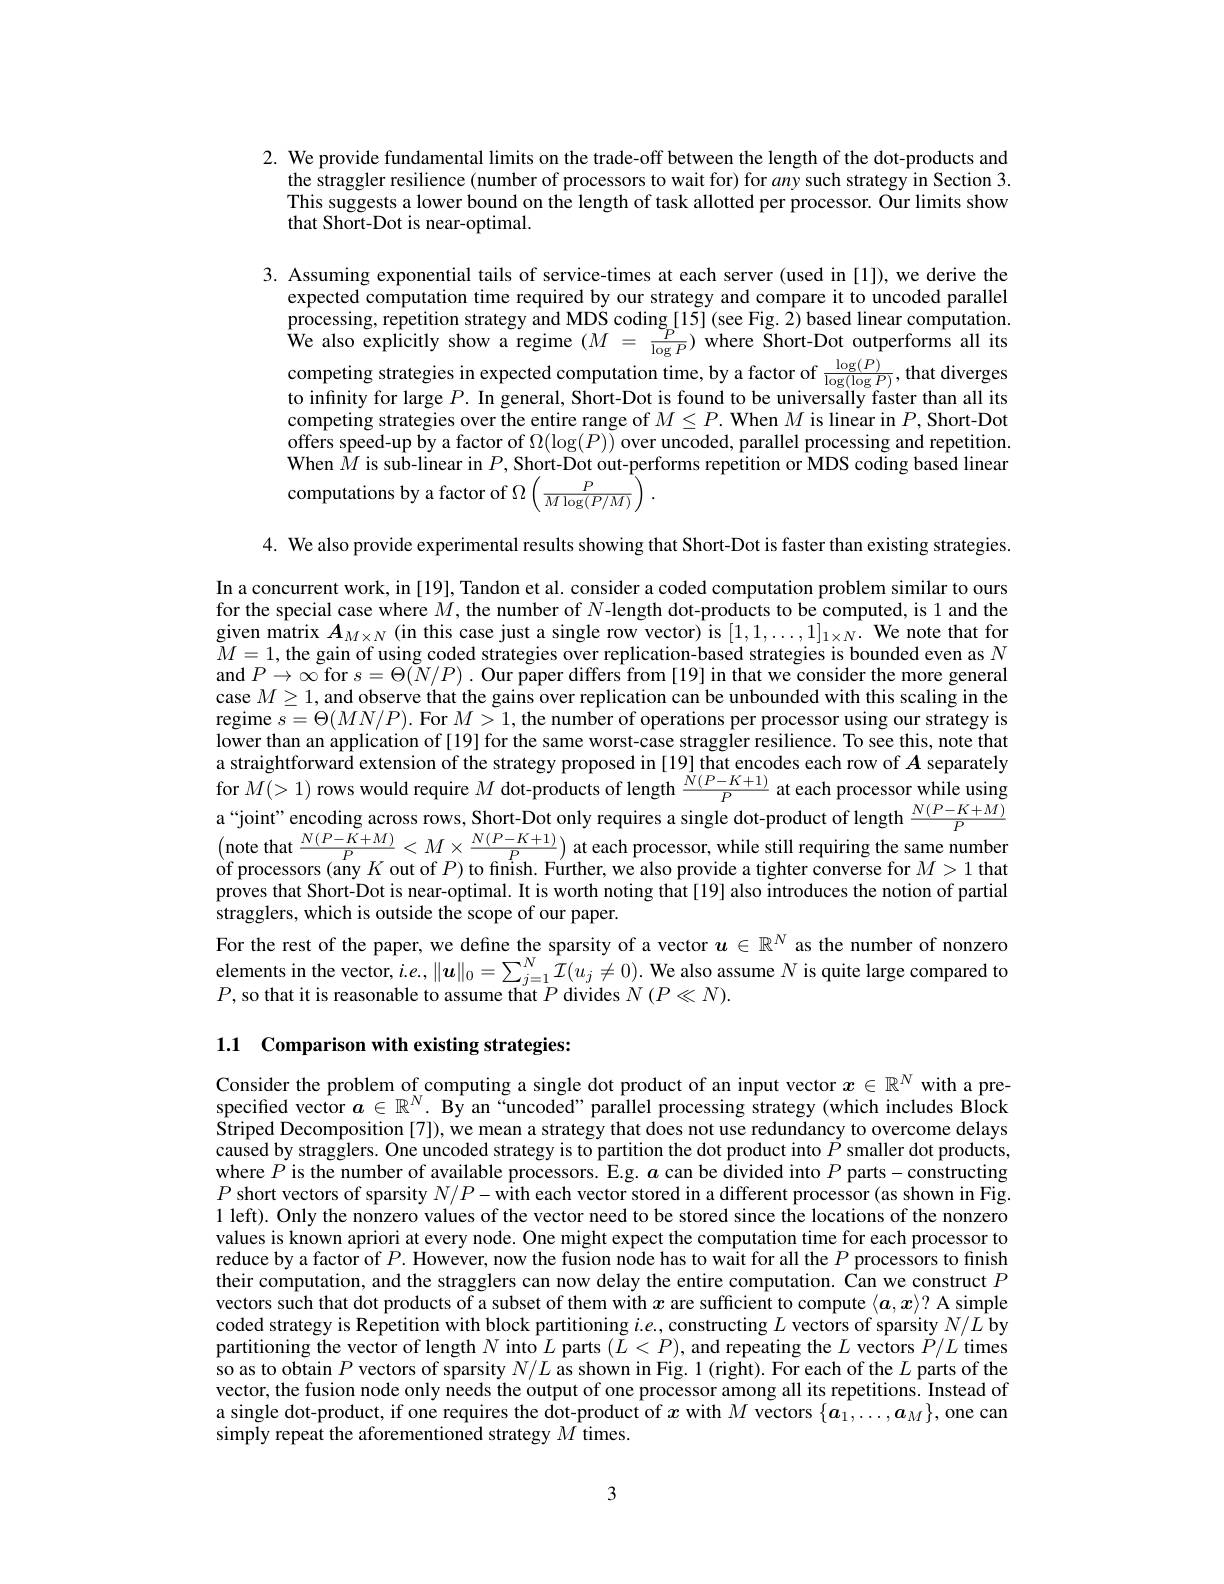
2. We provide fundamental limits on the trade-off between the length of the dot-products and
the straggler resilience (number of processors to wait for) for $an$y such strategy in Section 3. This suggests a lower bound on the length of task allotted per processor. Our limits show that Short-Dot is near-optimal.

3. Assuming exponential tails of service-times at each server (used in [1]), we derive the
expected computation time required by our strategy and compare it to uncoded paralle processing, repetition strategy and MDS coding [15] (see Fig. 2) based linear computation. We also explicitly show a regime $( M$ = $\frac {P^{\circ }}{\log P})$ where Short-Dot outperforms all its competing strategies in expected computation time, by a factor of $\frac{\log(P)}{\log(\log P)}$,that diverges to infinity for large $P.$ In general, Short-Dot is found to be universally faster than all its competing strategies over the entire range of $M\leq P.$ When $M$ is linear in $P$, Short-Dot offers speed-up by a factor of $\Omega(\log(P))$ over uncoded, parallel processing and repetition. When $\bar{M}$ is sub-linear in $P$, Short-Dot out-performs repetition or MDS coding based linear computations by a factor of $\Omega\left(\frac{P}{M\log(P/M)}\right)$

4. We also provide experimental results showing that Short-Dot is faster than existing strategies. In a concurrent work, in [19], Tandon et al. consider a coded computation problem similar to ours for the special case where $M$, the number of $N$-length dot-products to be computed, is 1 and the given matrix $A_{M\times N}$ (in this case just a single row vector) is $[1,1,\ldots,1]_{1\times N}.$ We note that for $\begin{aligned}M=1,\text{ the gain of using coded strategies over replication-based strategies is bounded even as }N\\M=1,\text{ the gain of using coded strategies over replication-based strategies is bounded even as }\\M=1,\text{ the gain of using coded strategies over replication-b}\end{aligned}$ and $P\to\infty$ for $s=\Theta(\tilde{N}/P).$ Our paper differs from [19] in that we consider the more general case $M\geq1$, and observe that the gains over replication can be unbounded with this scaling in the regime $s=\Theta(MN/P).$ For $M>1$,the number of operations per processor using our strategy is lower than an application of [19] for the same worst-case straggler resilience. To see this, note that a straightforward extension of the strategy proposed in [19] that encodes each row of $A$ separately for $M(>1)$ rows would require $M$ dot-products of length $\frac{N(P-K+1)}P$ at each processor while using a“joint”encoding across rows, Short-Dot only requires a single dot-product of length $\frac{N(P-K+M)}{P}$ $\begin{array}{l}{(\text{note that }\frac{N(P-K+M)}{P}<M\times\frac{N(P-K+1)}{P})\text{ at each processor, while still requiring the same number}}\\{\text{of processors (any }K\text{ out of }P)\text{ to finish. Further, we also provide a tighter converse for }M>1\text{ that}}\end{array}$ proves that Short-Dot is near-optimal. It is worth noting that[19] also introduces the notion of partial ${\hat{s}}$tragglers, which is outside the scope of our paper.
For the rest of the paper, we define the sparsity of a vector $u\in\mathbb{R}^N$ as the number of nonzero elements in the vector, $i. e, \| \boldsymbol{u}\| _{0}= \sum _{j= 1}^{N}\hat{\mathcal{I} } ( u_{j}\neq 0) . \textbf{We also assume }N$ is quite large compared to $P$,so that it is reasonable to assume that $P$ divides $N\left ( P\ll N\right ) .$

1.1 Comparison with existing strategies:

Consider the problem of computing a single dot product of an input vector $x\in\mathbb{R}^N$ with a prespecified vector $a\in\mathbb{R}^N.$ By an“uncoded” parallel processing strategy(which includes Block Striped Decomposition [7]), we mean a strategy that does not use redundancy to overcome delays caused by stragglers. One uncoded strategy is to partition the dot product into $P$ smaller dot products,whara $D$ ic tha numbar of availobl arrocacars E a con ba dividad into $D$ preto con contrutin where $P$ is the number of available processors. E.g. $a$ can be divided into $P$ parts-constructing $P$ short vectors of sparsity $N/P-\tilde{\text{with each vector stored in a different processor(as shown in Fig.}}$ 1 left). Only the nonzero values of the vector need to be stored since the locations of the nonzero values is known apriori at every node. One might expect the computation time for each processor to reduce by a factor of $P.$ However, now the fusion node has to wait for all the $P$ processors to finish their computation, and the stragglers can now delay the entire computation. Can we construct $P$ vectors such that dot products of a subset of them with $x$ are sufficient to compute $\langle\boldsymbol{a},\boldsymbol{x}\rangle?$ A simple coded strategy is Repetition with block partitioning $i.e.$, constructing $L$ vectors of sparsity $N/L$ by partitioning the vector of length $N$ into $L$ parts $(\dot{L}<P)$, and repeating the $L$ vectors $P/L$ times so as to obtain $P$ vectors of sparsity $N/L$ as shown in Fig. 1(right). For each of the $L$ parts of the vector, the fusion node only needs the output of one processor among all its repetitions. Instead of a single dot-product, if one requires the dot-product of $x$ with $M$ vectors $\{a_1,\ldots,a_M\}$, one can simply repeat the aforementioned strategy $M$ times.

3